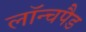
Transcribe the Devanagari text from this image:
लॉन्चपैड